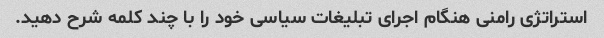
استراتژی رامنی هنگام اجرای تبلیغات سیاسی خود را با چند کلمه شرح دهید.